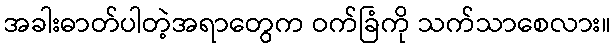
အခါးဓာတ်ပါတဲ့အရာတွေက ဝက်ခြံကို သက်သာစေလား။